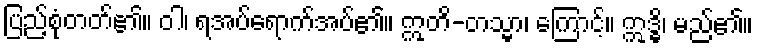
ပြည့်စုံတတ်၏။ ဝါ၊ ရအပ်ရောက်အပ်၏။ ဣတိ-တသ္မာ၊ ကြောင့်။ ဣဒ္ဓိ၊ မည်၏။